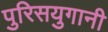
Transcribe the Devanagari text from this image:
पुरिसयुगानी